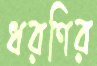
ধরণির